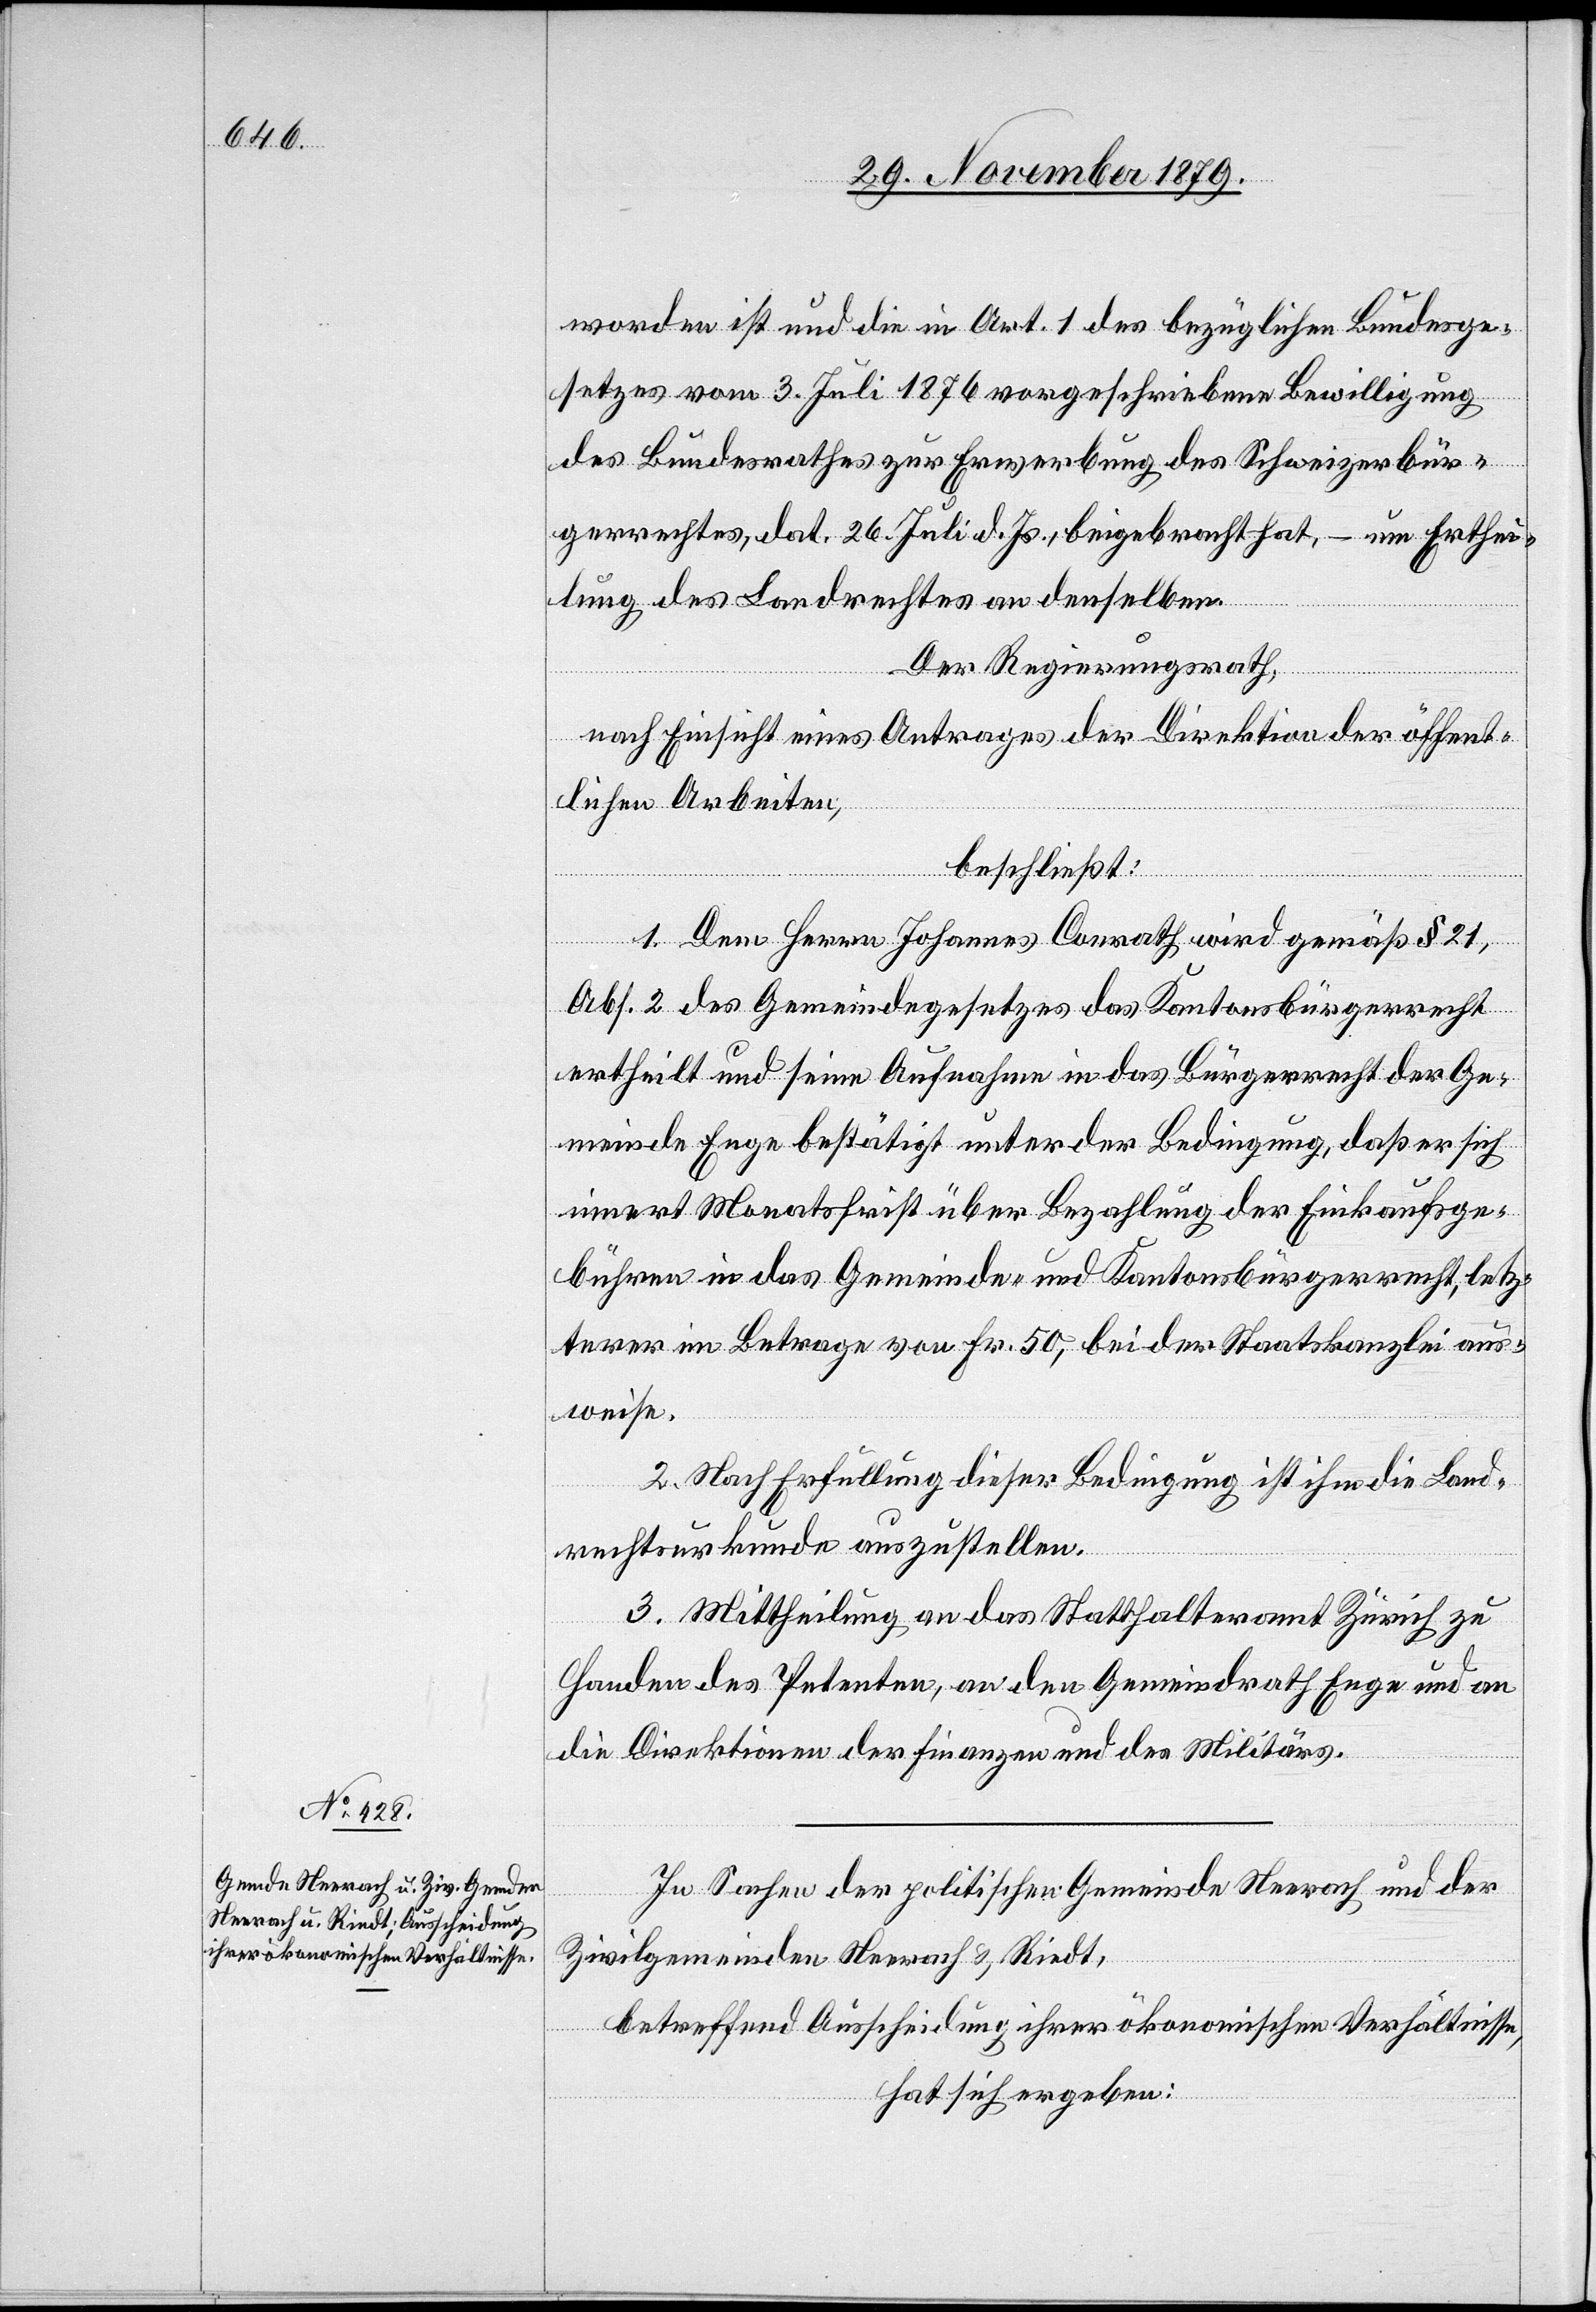
worden ist und die in Art. 1 des bezüglichen Bundesge¬
setzes vom 3. Juli 1876 vorgeschriebene Bewilligung
des Bundesrathes zur Erwerbung des Schweizerbür¬
gerrechtes, dat. 26. Juli d. Js., beigebracht hat, – um Erthei¬
lung des Landrechtes an denselben.
Der Regierungsrath,
nach Einsicht eines Antrages der Direktion der öffent¬
lichen Arbeiten,
beschließt:
1. Dem Herrn Johannes Conrath, wird gemäß § 21,
Abs. 2 des Gemeindegesetzes das Kantonsbürgerrecht
ertheilt und seine Aufnahme in das Bürgerrecht der Ge¬
meinde Enge bestätigt unter der Bedingung, daß er sich
innert Monatsfrist über Bezahlung der Einkaufsge¬
bühren in das Gemeinde- und Kantonsbürgerrecht, letz¬
terer im Betrage von Fr. 50, bei der Staatskanzlei aus¬
weise.
2. Nach Erfüllung dieser Bedingung ist ihm die Land¬
rechtsurkunde auszustellen.
3. Mittheilung an das Statthalteramt Zürich zu
Handen des Petenten, an den Gemeindrath Enge und an
die Direktionen der Finanzen und des Militärs.
In Sachen der politischen Gemeinde Neerach und der
Zivilgemeinden Neerach & Riedt,
betreffend Ausscheidung ihrer ökonomischen Verhältnisse,
hat sich ergeben: